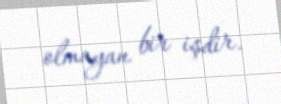
olmayan bir işdir.